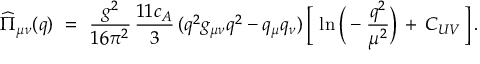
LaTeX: \widehat { \Pi } _ { \mu \nu } ( q ) \ = \ \frac { g ^ { 2 } } { 1 6 \pi ^ { 2 } } \, \frac { 1 1 c _ { A } } { 3 } \, ( q ^ { 2 } g _ { \mu \nu } q ^ { 2 } - q _ { \mu } q _ { \nu } ) \, \Big [ \, \ln \Big ( - \frac { q ^ { 2 } } { \mu ^ { 2 } } \Big ) \, + \, C _ { U V } \, \Big ] \, .